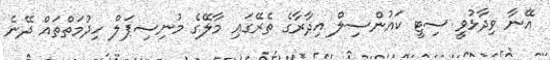
އޭނާ ވިދާޅުވީ ސިޓީ ކައުންސިލް އިދާރާގެ ތެރޭގައި މާލޭގެ މުނިސިޕަލް ހިދުމަތްތައް ދޭނެ